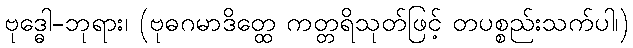
ဗုဒ္ဓေါ-ဘုရား၊ (ဗုဓဂမာဒိတ္ထေ ကတ္တရိသုတ်ဖြင့် တပစ္စည်းသက်ပါ၊)